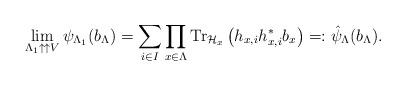
LaTeX: \begin{align*}\lim_{\Lambda_{1}\uparrow\uparrow V}\psi_{\Lambda_{1}}(b_{\Lambda})=\sum_{i\in I} \prod_{x\in \Lambda}\hbox{Tr}_{\mathcal{H}_{x}}\left(h_{x, i}h_{x, i}^* b_{x}\right)=: \hat{\psi}_{\Lambda}(b_{\Lambda}).\end{align*}